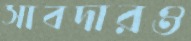
সাবদারও